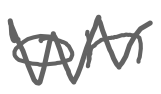
Text: on
Cross-out: zig-zag
Writing tool: digital_gray